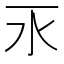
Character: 𣱳